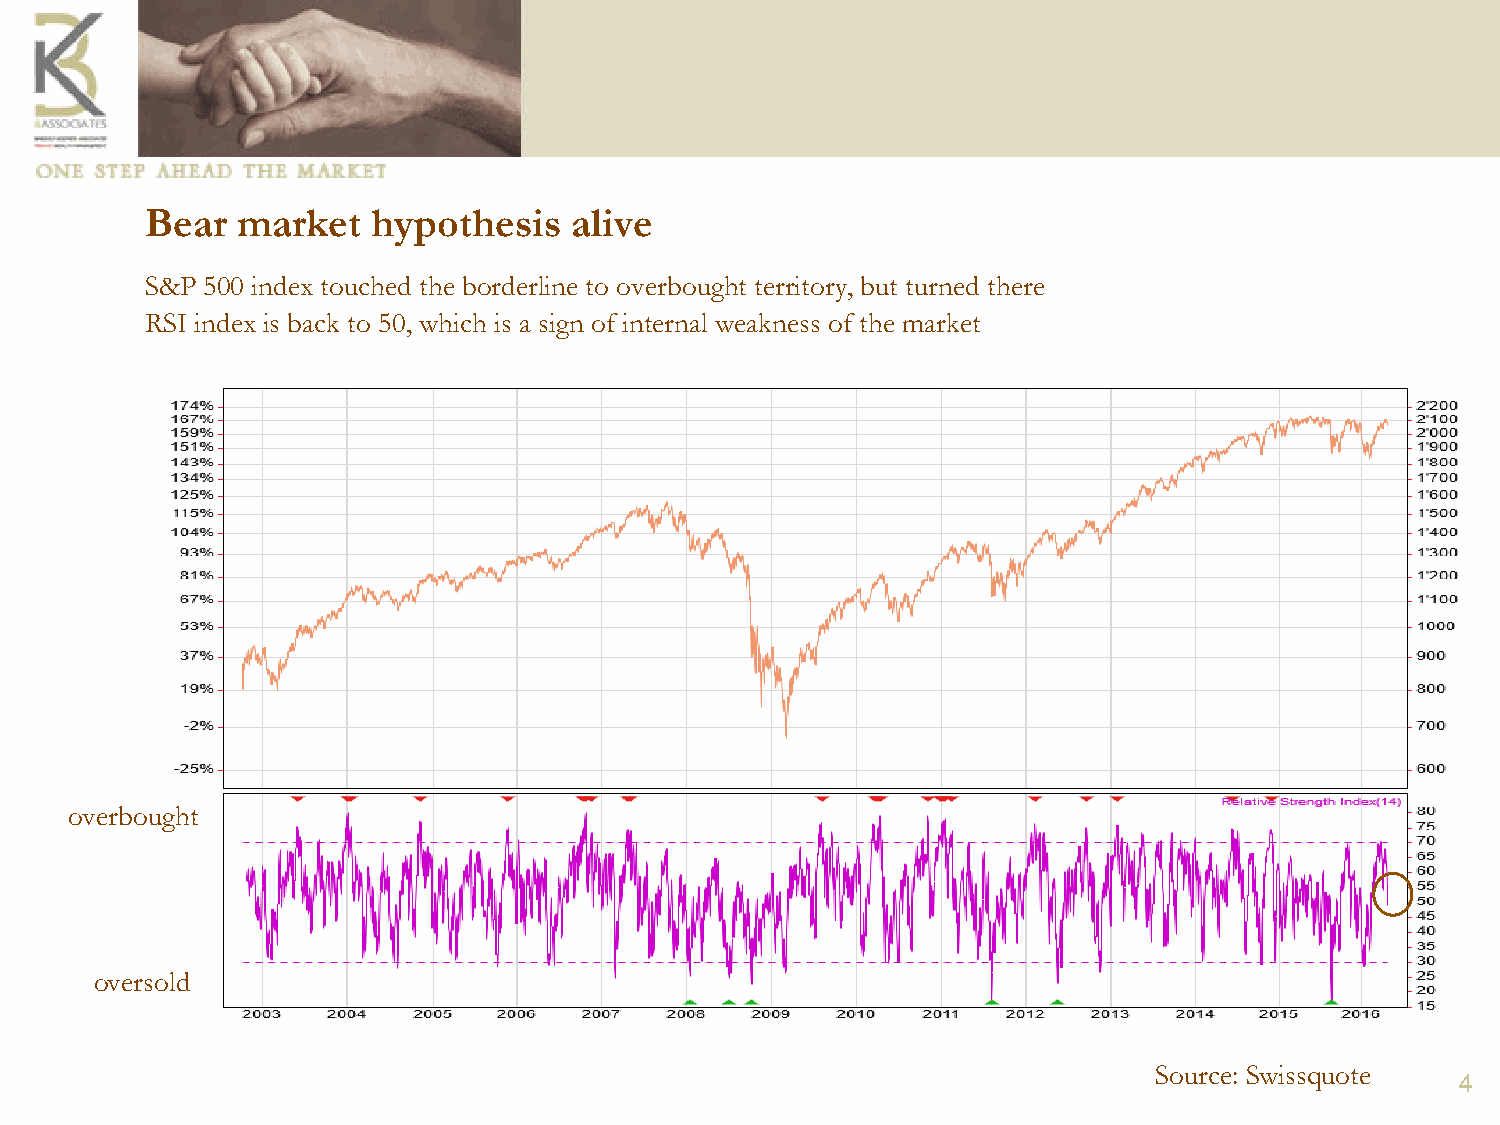
Bear  market   hypothesis   alive
 S&P 500 index touched the borderline to overbought territory, but turned there
 RSI index is back to 50, which is a sign of internal weakness of the market
 overbought
 oversold
 Source: Swissquote
 4